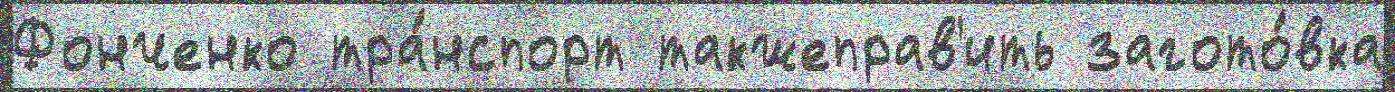
Фонченко тра́нспорт такжеправ'ить загото́вка